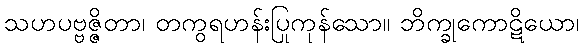
သဟပဗ္ဗဇ္ဇိတာ၊ တကွရဟန်းပြုကုန်သော။ ဘိက္ခုကောဋိယော၊